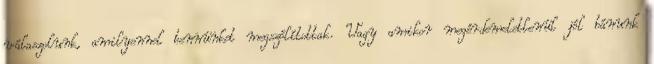
válaszolunk, amilyennel bennünket megszólítottak. Vagy amikor megérdemeletlenül jól bánunk